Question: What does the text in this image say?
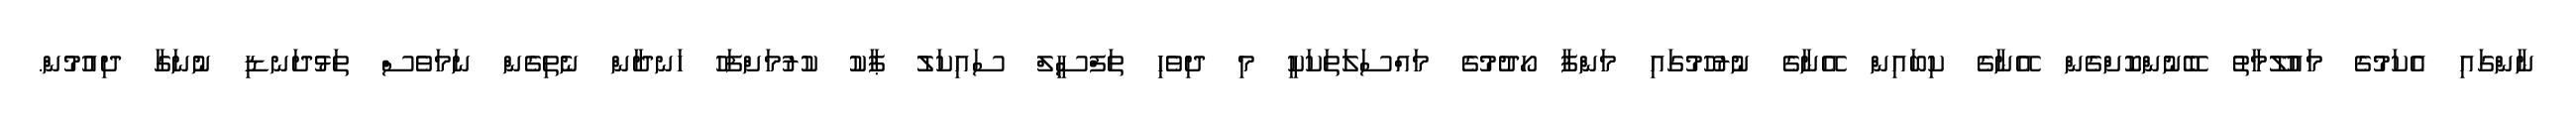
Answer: ނާންގައި އެކަމުގެ މައުލޫމާތު ބޭނުންކޮށްގެން އޭނާގެ ކިބައިން އޭނާގެ ނުރުހުމުގައި މަންފާ ހޯދުމުގެ މައްސަލަތަކަކީ މި ދިވެހި ތަފްސީލް ސައިކަލު ޕާކު ކުރުމަށްފަހު ހަނދާން ނެތިގެން ނަމަވެސް ތަޅުދަނޑި ނުނަގާ ދިއުމުން.